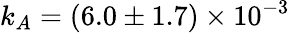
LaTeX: k_{A}=(6.0\pm 1.7)\times 10^{-3}